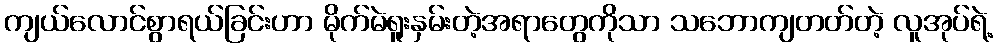
ကျယ်လောင်စွာရယ်ခြင်းဟာ မိုက်မဲရူးနှမ်းတဲ့အရာတွေကိုသာ သဘောကျတတ်တဲ့ လူအုပ်ရဲ့